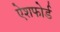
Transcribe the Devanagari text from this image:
ऐशफोर्ड